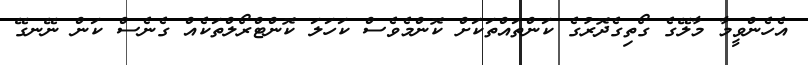
އެހެންވީމާ މާލޭގެ ގޯތިގެދޮރުގެ ކަންތައްތަކަށް ކޮންމެވެސް ކަހަލަ ކޮންޓްރޯލްތަކެއް ގެނެސް ކަން ނޭނގޭ